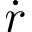
\dot { r }